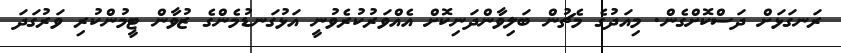
ރަނގަޅަށް ދަސްކޮށްގެން. މިއަދުގެ މެޗުން ބަލިވާންދަނިކޮށް އެއްވަރުކުރެވުނީ އަޅުގަނޑުމެންގެ ޒުވާން ޓީމުންކުރި ވަރުގަދަ